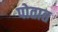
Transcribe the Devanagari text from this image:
पोतात